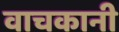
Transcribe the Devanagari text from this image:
वाचकानी